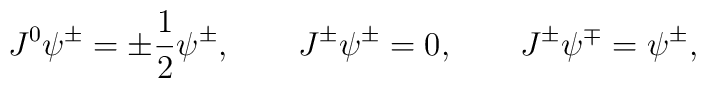
J^0 \psi^\pm = \pm\frac12 \psi^\pm, \qquad    J^\pm \psi^\pm = 0, \qquad    J^\pm \psi^\mp = \psi^\pm,